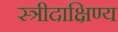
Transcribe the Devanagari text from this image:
स्त्रीदाक्षिण्य